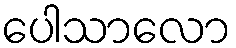
ပေါသာလော